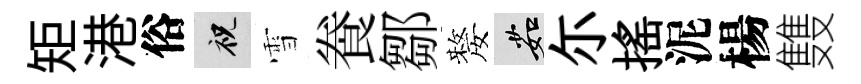
矩港俗祝雪飬鄒嫠茹尓揺泥楊䨇